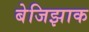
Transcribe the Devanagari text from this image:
बेजिझाक